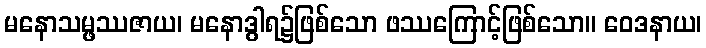
မနောသမ္ဖဿဇာယ၊ မနောဒွါရ၌ဖြစ်သော ဖဿကြောင့်ဖြစ်သော။ ဝေဒနာယ၊